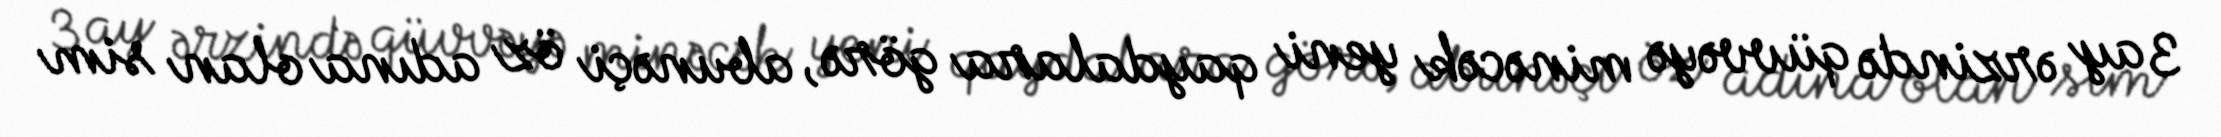
3 ay ərzində qüvvəyə minəcək yeni qaydalara görə, abunəçi öz adına olan sim